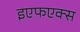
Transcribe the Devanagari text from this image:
इएफएक्स